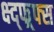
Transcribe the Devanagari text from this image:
क्ष्द्फ्र्फ्स